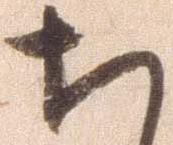
ち